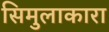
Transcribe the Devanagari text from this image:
सिमुलाकारा